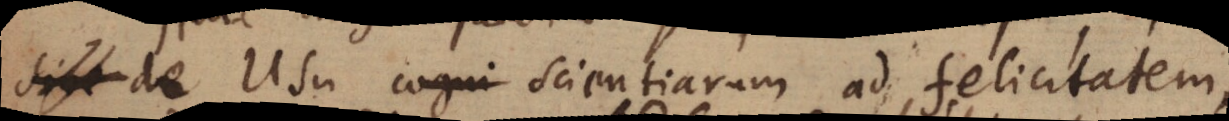
sive de Usu cogni scientiarum ad felicitatem